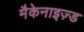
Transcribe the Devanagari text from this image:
मैकेनाइज़्ड